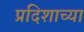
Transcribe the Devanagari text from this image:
प्रदिशाच्या